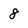
Character: 8